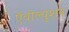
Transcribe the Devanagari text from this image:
ऍवोल्युशन